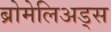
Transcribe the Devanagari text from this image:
ब्रोमेलिअड्स